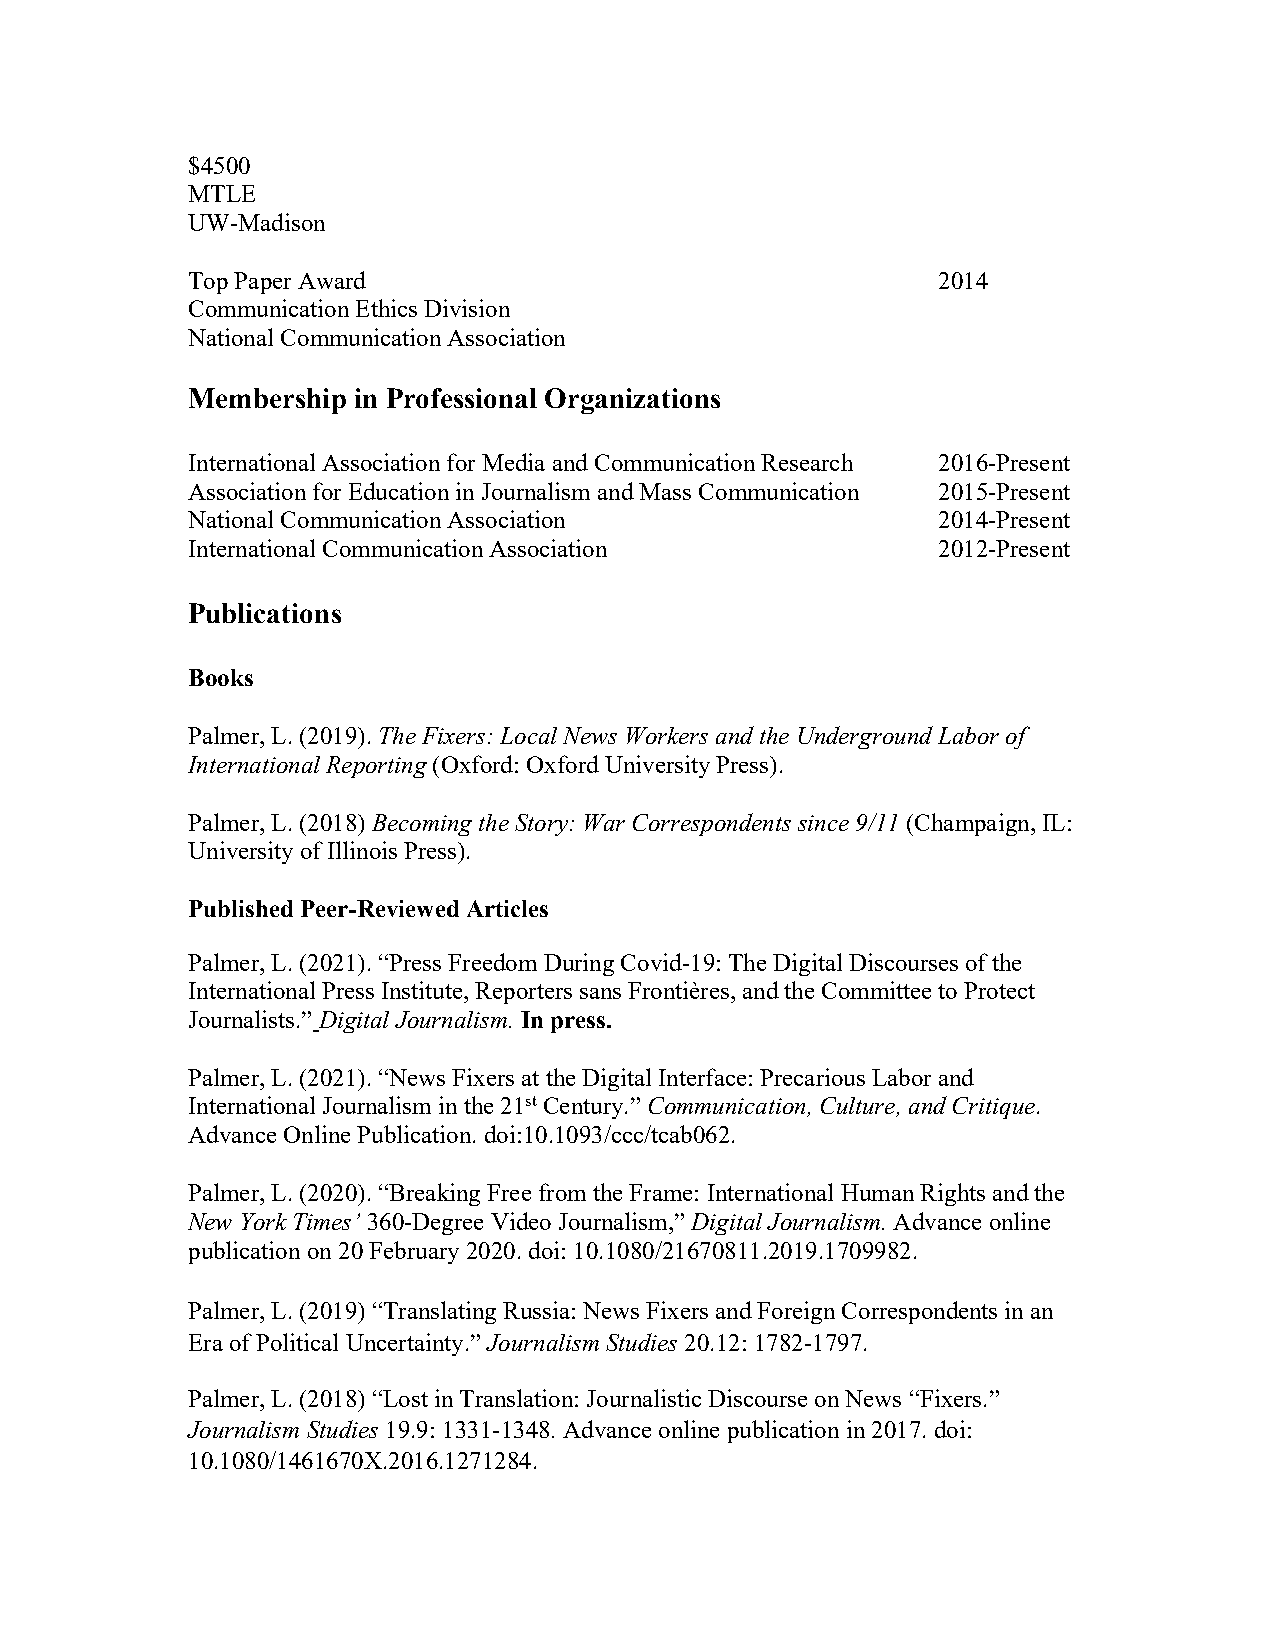
$4500
 MTLE
 UW-Madison
 Top Paper Award                                   2014
 Communication Ethics Division
 National Communication Association
 Membership in Professional Organizations
 International Association for Media and Communication Research 2016-Present
 Association for Education in Journalism and Mass Communication 2015-Present
 National Communication Association                2014-Present
 International Communication Association           2012-Present
 Publications
 Books
 Palmer, L. (2019). The Fixers: Local News Workers and the Underground Labor of
 International Reporting (Oxford: Oxford University Press).
 Palmer, L. (2018) Becoming the Story: War Correspondents since 9/11 (Champaign, IL:
 University of Illinois Press).
 Published Peer-Reviewed Articles
 Palmer, L. (2021). “Press Freedom During Covid-19: The Digital Discourses of the
 International Press Institute, Reporters sans Frontières, and the Committee to Protect
 Journalists.” Digital Journalism. In press.
 Palmer, L. (2021). “News Fixers at the Digital Interface: Precarious Labor and
 International Journalism in the 21st Century.” Communication, Culture, and Critique.
 Advance Online Publication. doi:10.1093/ccc/tcab062.
 Palmer, L. (2020). “Breaking Free from the Frame: International Human Rights and the
 New York Times’ 360-Degree Video Journalism,” Digital Journalism. Advance online
 publication on 20 February 2020. doi: 10.1080/21670811.2019.1709982.
 Palmer, L. (2019) “Translating Russia: News Fixers and Foreign Correspondents in an
 Era of Political Uncertainty.” Journalism Studies 20.12: 1782-1797.
 Palmer, L. (2018) “Lost in Translation: Journalistic Discourse on News “Fixers.”
 Journalism Studies 19.9: 1331-1348. Advance online publication in 2017. doi:
 10.1080/1461670X.2016.1271284.